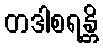
တဒါစရန္တိ